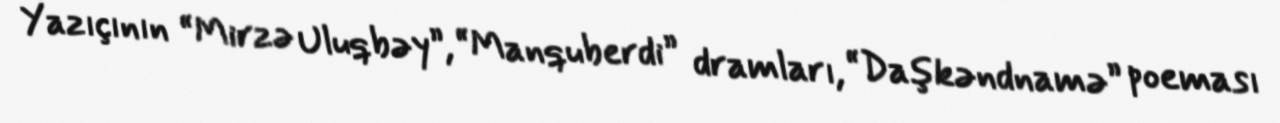
Yazıçının “Mirzə Uluqbəy”, “Manquberdi” dramları, “Daşkəndnamə” poeması